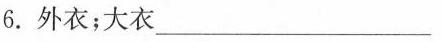
6.外衣；大衣___